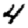
Digit: 4